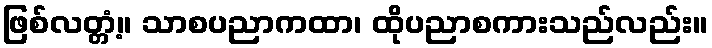
ဖြစ်လတ္တံ့။ သာစပညာကထာ၊ ထိုပညာစကားသည်လည်း။